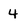
Character: 4